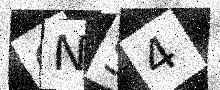
Text: GNS4